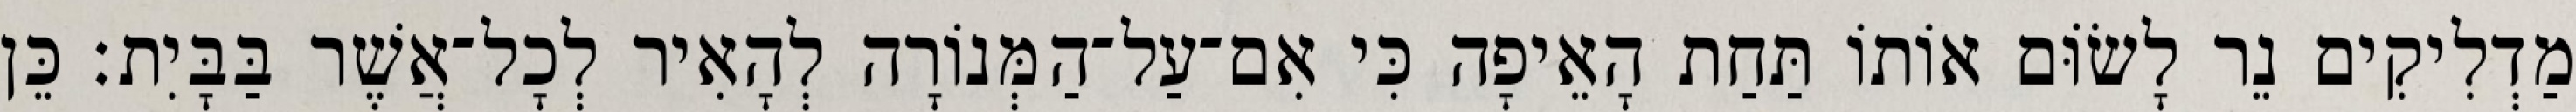
מַדְלִיקִים נֵר לָשׂוֹּם אוֹתוֹ תַּחַת הָאֵיפָה כִּי אִם־עַל־הַמְּנוֹרָה לְהָאִיר לְכָל־אֲשֶׁר בַּבָּיִת׃ כֵּן